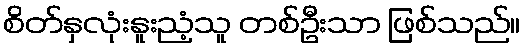
စိတ်နှလုံးနူးညံ့သူ တစ်ဦးသာ ဖြစ်သည်။